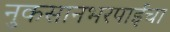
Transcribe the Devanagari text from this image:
नुकसानभरपाईचा